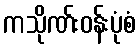
ကသိုဏ်းဝန်းပုံစံ